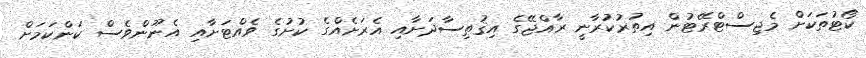
ކޯޓުތަކަށް މެޖިސްޓްރޭޓުން އިތުރުކުރާނީ ރާއްޖޭގެ އިޤުތިސާދަށާއި އެރަށެއްގެ ކުށުގެ ވެއްޓަށާއި އެނޫންވެސް ކަންކަމަށް